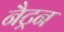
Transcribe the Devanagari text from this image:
नैट्रन